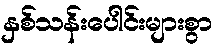
နှစ်သန်းပေါင်းများစွာ